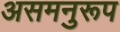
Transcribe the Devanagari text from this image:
असमनुरूप